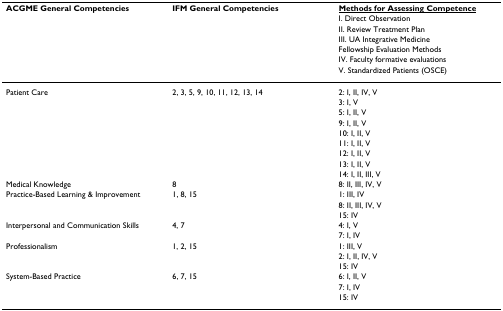
<table><thead><tr><td><b>ACGME General Competencies</b></td><td><b>IFM General Competencies</b></td><td><b><underline>Methods for Assessing Competence</underline></b></td></tr><tr><td></td><td></td><td><b>I. Direct Observation</b></td></tr><tr><td></td><td></td><td><b>II. Review Treatment Plan</b></td></tr><tr><td></td><td></td><td><b>III. UA Integrative Medicine</b></td></tr><tr><td></td><td></td><td><b>Fellowship Evaluation Methods</b></td></tr><tr><td></td><td></td><td><b>IV. Faculty formative evaluations</b></td></tr><tr><td></td><td></td><td><b>V. Standardized Patients (OSCE)</b></td></tr></thead><tbody><tr><td>Patient Care</td><td>2, 3, 5, 9, 10, 11, 12, 13, 14</td><td>2: I, II, IV, V</td></tr><tr><td></td><td></td><td>3: I, V</td></tr><tr><td></td><td></td><td>5: I, II, V</td></tr><tr><td></td><td></td><td>9: I, II, V</td></tr><tr><td></td><td></td><td>10: I, II, V</td></tr><tr><td></td><td></td><td>11: I, II, V</td></tr><tr><td></td><td></td><td>12: I, II, V</td></tr><tr><td></td><td></td><td>13: I, II, V</td></tr><tr><td></td><td></td><td>14: I, II, III, V</td></tr><tr><td>Medical Knowledge</td><td>8</td><td>8: II, III, IV, V</td></tr><tr><td>Practice-Based Learning &amp; Improvement</td><td>1, 8, 15</td><td>1: III, IV</td></tr><tr><td></td><td></td><td>8: II, III, IV, V</td></tr><tr><td></td><td></td><td>15: IV</td></tr><tr><td>Interpersonal and Communication Skills</td><td>4, 7</td><td>4: I, V</td></tr><tr><td></td><td></td><td>7: I, IV</td></tr><tr><td>Professionalism</td><td>1, 2, 15</td><td>1: III, V</td></tr><tr><td></td><td></td><td>2: I, II, IV, V</td></tr><tr><td></td><td></td><td>15: IV</td></tr><tr><td>System-Based Practice</td><td>6, 7, 15</td><td>6: I, II, V</td></tr><tr><td></td><td></td><td>7: I, IV</td></tr><tr><td></td><td></td><td>15: IV</td></tr></tbody></table>